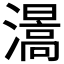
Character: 𤀰